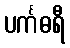
ပင်္ကဓရီ